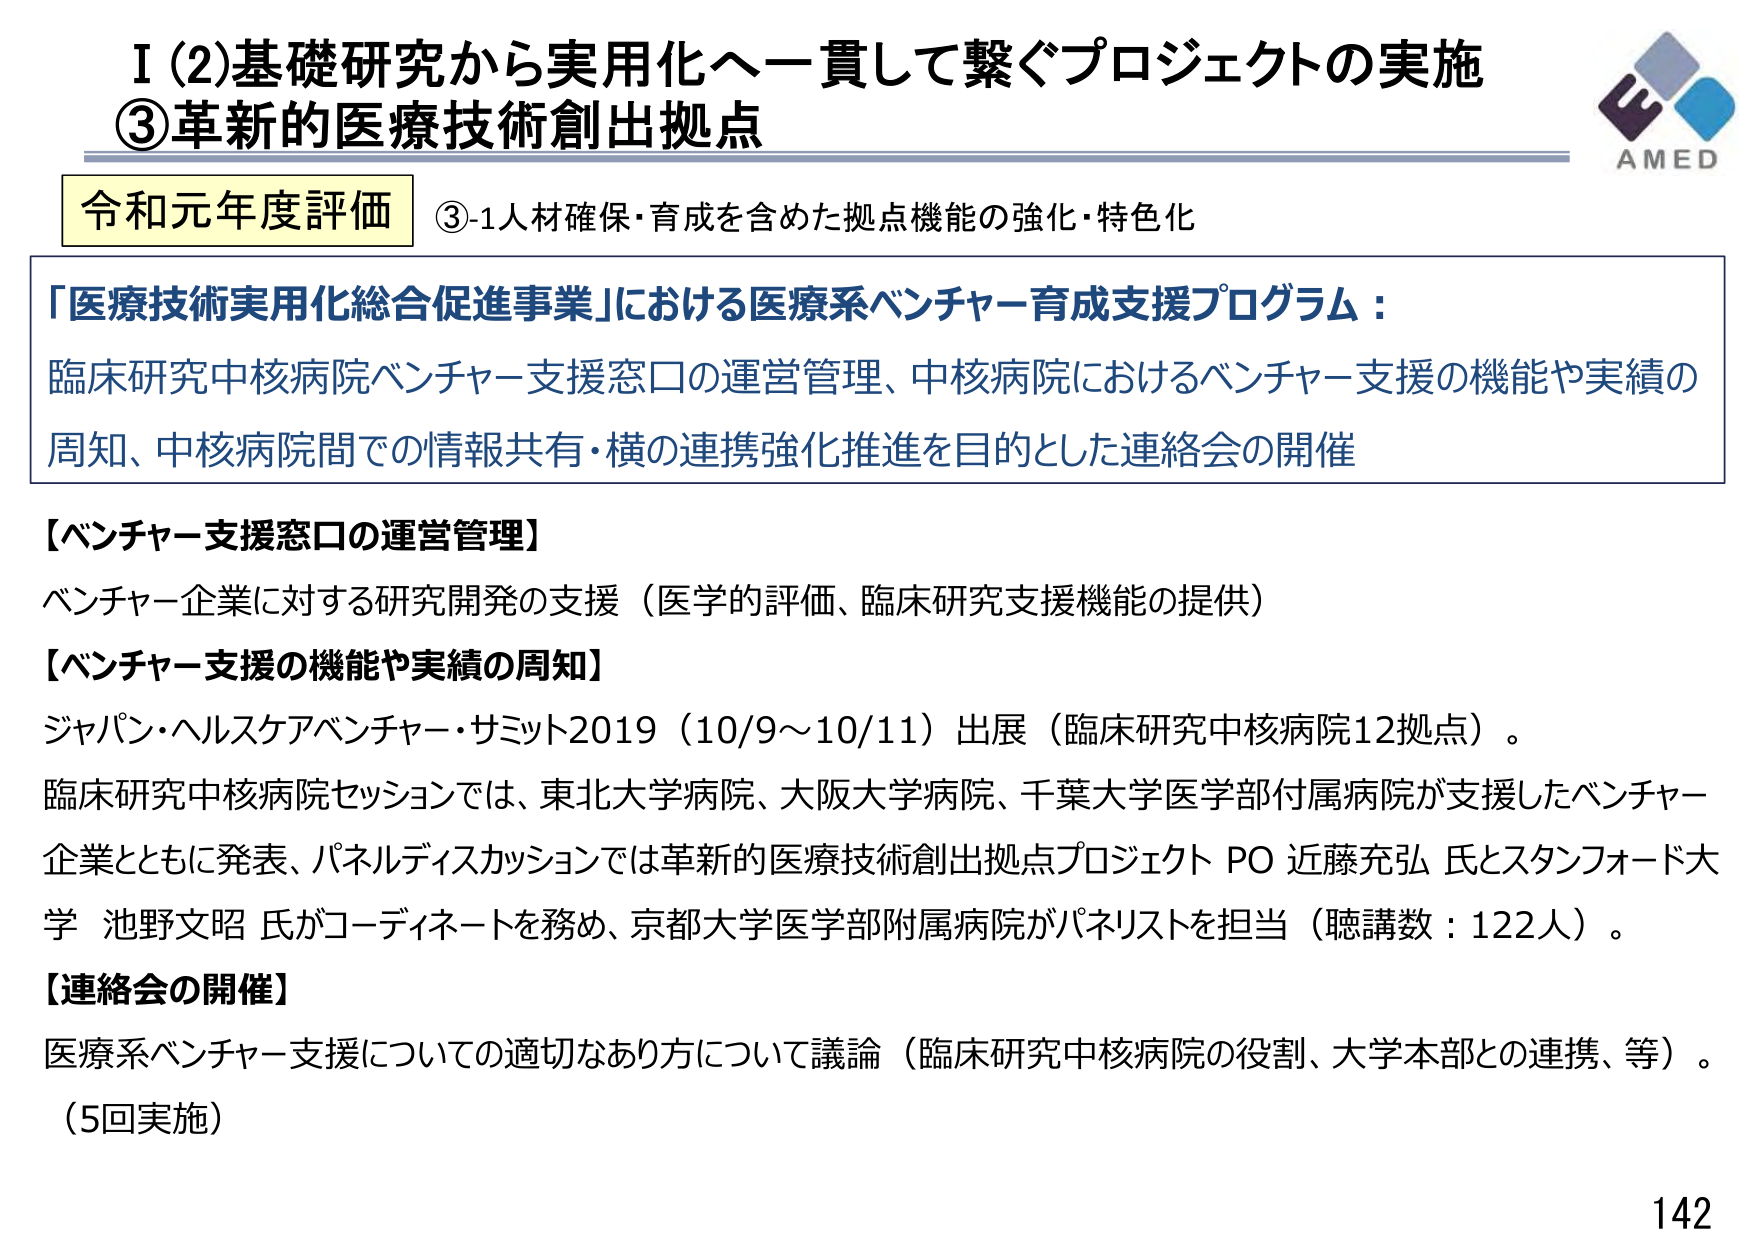
I (2)基礎研究から実用化へ一貫して繋ぐプロジェクトの実施
③革新的医療技術創出拠点

令和元年度評価 ③-1人材確保・育成を含めた拠点機能の強化・特色化

「医療技術実用化総合促進事業」における医療系ベンチャー育成支援プログラム：
臨床研究中核病院ベンチャー支援窓口の運営管理、中核病院におけるベンチャー支援の機能や実績の
周知、中核病院間での情報共有・横の連携強化推進を目的とした連絡会の開催

【ベンチャー支援窓口の運営管理】
ベンチャー企業に対する研究開発の支援（医学的評価、臨床研究支援機能の提供）

【ベンチャー支援の機能や実績の周知】
ジャパン・ヘルスケアベンチャー・サミット2019（10/9～10/11）出展（臨床研究中核病院12拠点）。
臨床研究中核病院セッションでは、東北大学病院、大阪大学病院、千葉大学医学部付属病院が支援したベンチャー
企業とともに発表、パネルディスカッションでは革新的医療技術創出拠点プロジェクト PO 近藤充弘 氏とスタンフォード大学 池野文昭 氏がコーディネートを務め、京都大学医学部附属病院がパネリストを担当（聴講数：122人）。

【連絡会の開催】
医療系ベンチャー支援についての適切なあり方について議論（臨床研究中核病院の役割、大学本部との連携、等）。
（5回実施）

AMED
142